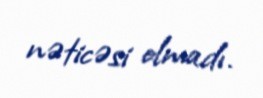
nəticəsi olmadı.